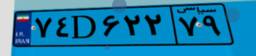
۷۴D۶۲۲۷۹